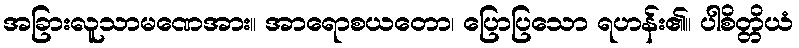
အခြားလူသာမဏေအား။ အာရောစယတော၊ ပြောပြသော ရဟန်း၏။ ပါစိတ္တိယံ